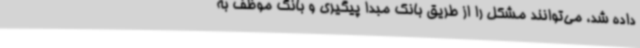
داده شد، می‌توانند مشکل را از طریق بانک مبدا پیگیری و بانک موظف به